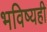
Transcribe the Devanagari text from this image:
भविष्यही